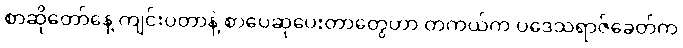
စာဆိုတော်နေ့ ကျင်းပတာနဲ့ စာပေဆုပေးတာတွေဟာ တကယ်က ပဒေသရာဇ်ခေတ်က